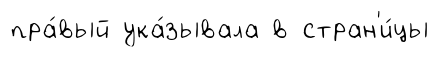
пра́вый ука́зывала в стран'и́цы